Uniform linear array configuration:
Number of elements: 16
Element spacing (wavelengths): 1
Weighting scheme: hamming
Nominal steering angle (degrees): -15
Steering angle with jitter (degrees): -15.143
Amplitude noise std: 0.05
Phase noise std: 0.05

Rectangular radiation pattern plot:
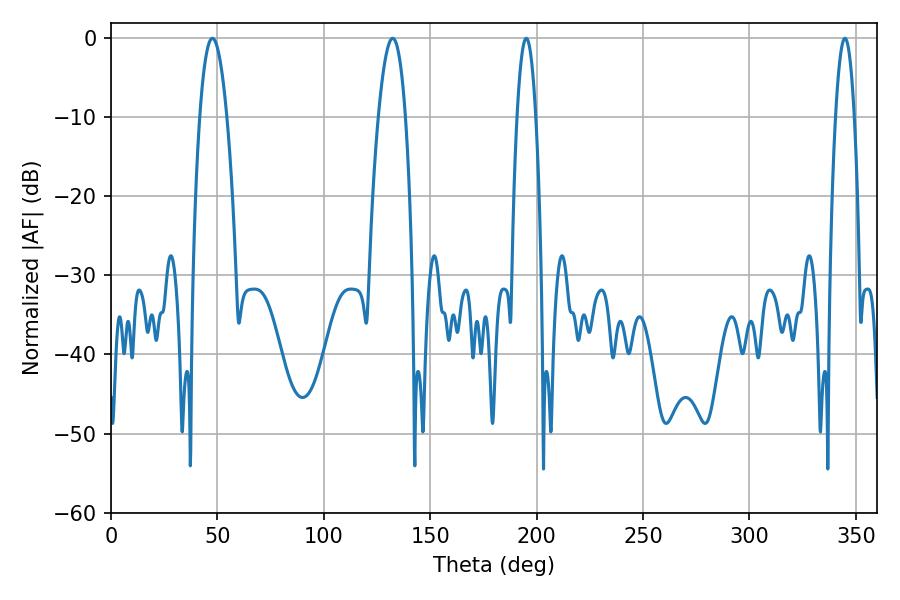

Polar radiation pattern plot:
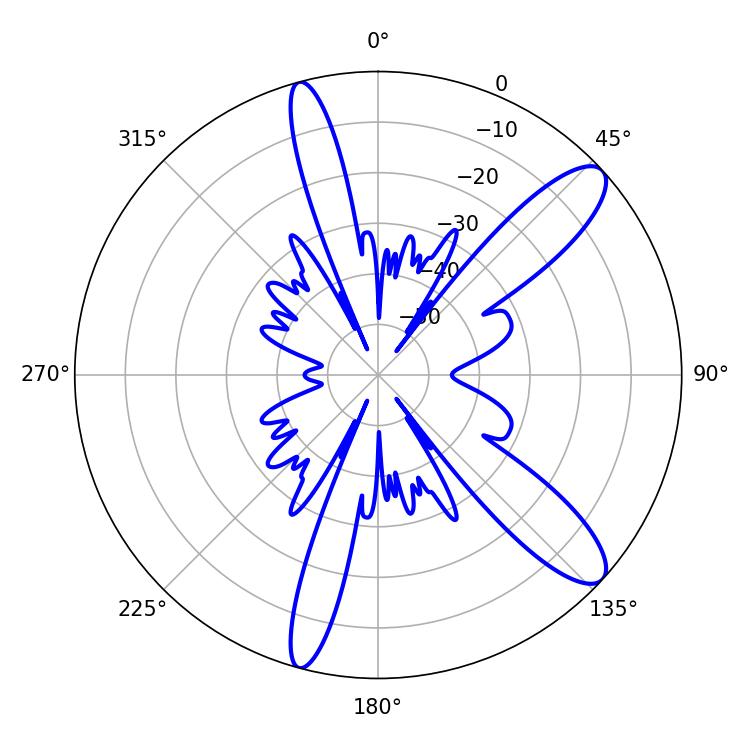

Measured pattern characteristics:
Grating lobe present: TRUE
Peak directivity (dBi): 11.318
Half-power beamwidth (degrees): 4.86
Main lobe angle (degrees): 195.12